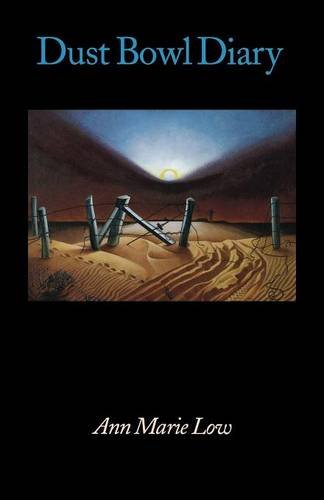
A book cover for Dust Bowl Diary; Ann Marie Low; Biographies & Memoirs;